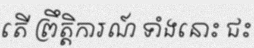
តើ ព្រឹត្តិការណ៍ ទាំងនោះ ជះ